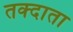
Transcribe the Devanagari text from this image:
तक्दाता